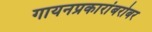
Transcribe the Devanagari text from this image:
गायनप्रकारांबरोबर